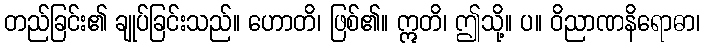
တည်ခြင်း၏ ချုပ်ခြင်းသည်။ ဟောတိ၊ ဖြစ်၏။ ဣတိ၊ ဤသို့။ ပ။ ဝိညာဏနိရောဓာ၊